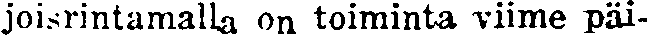
joisrintamalla on toiminta viime päi-